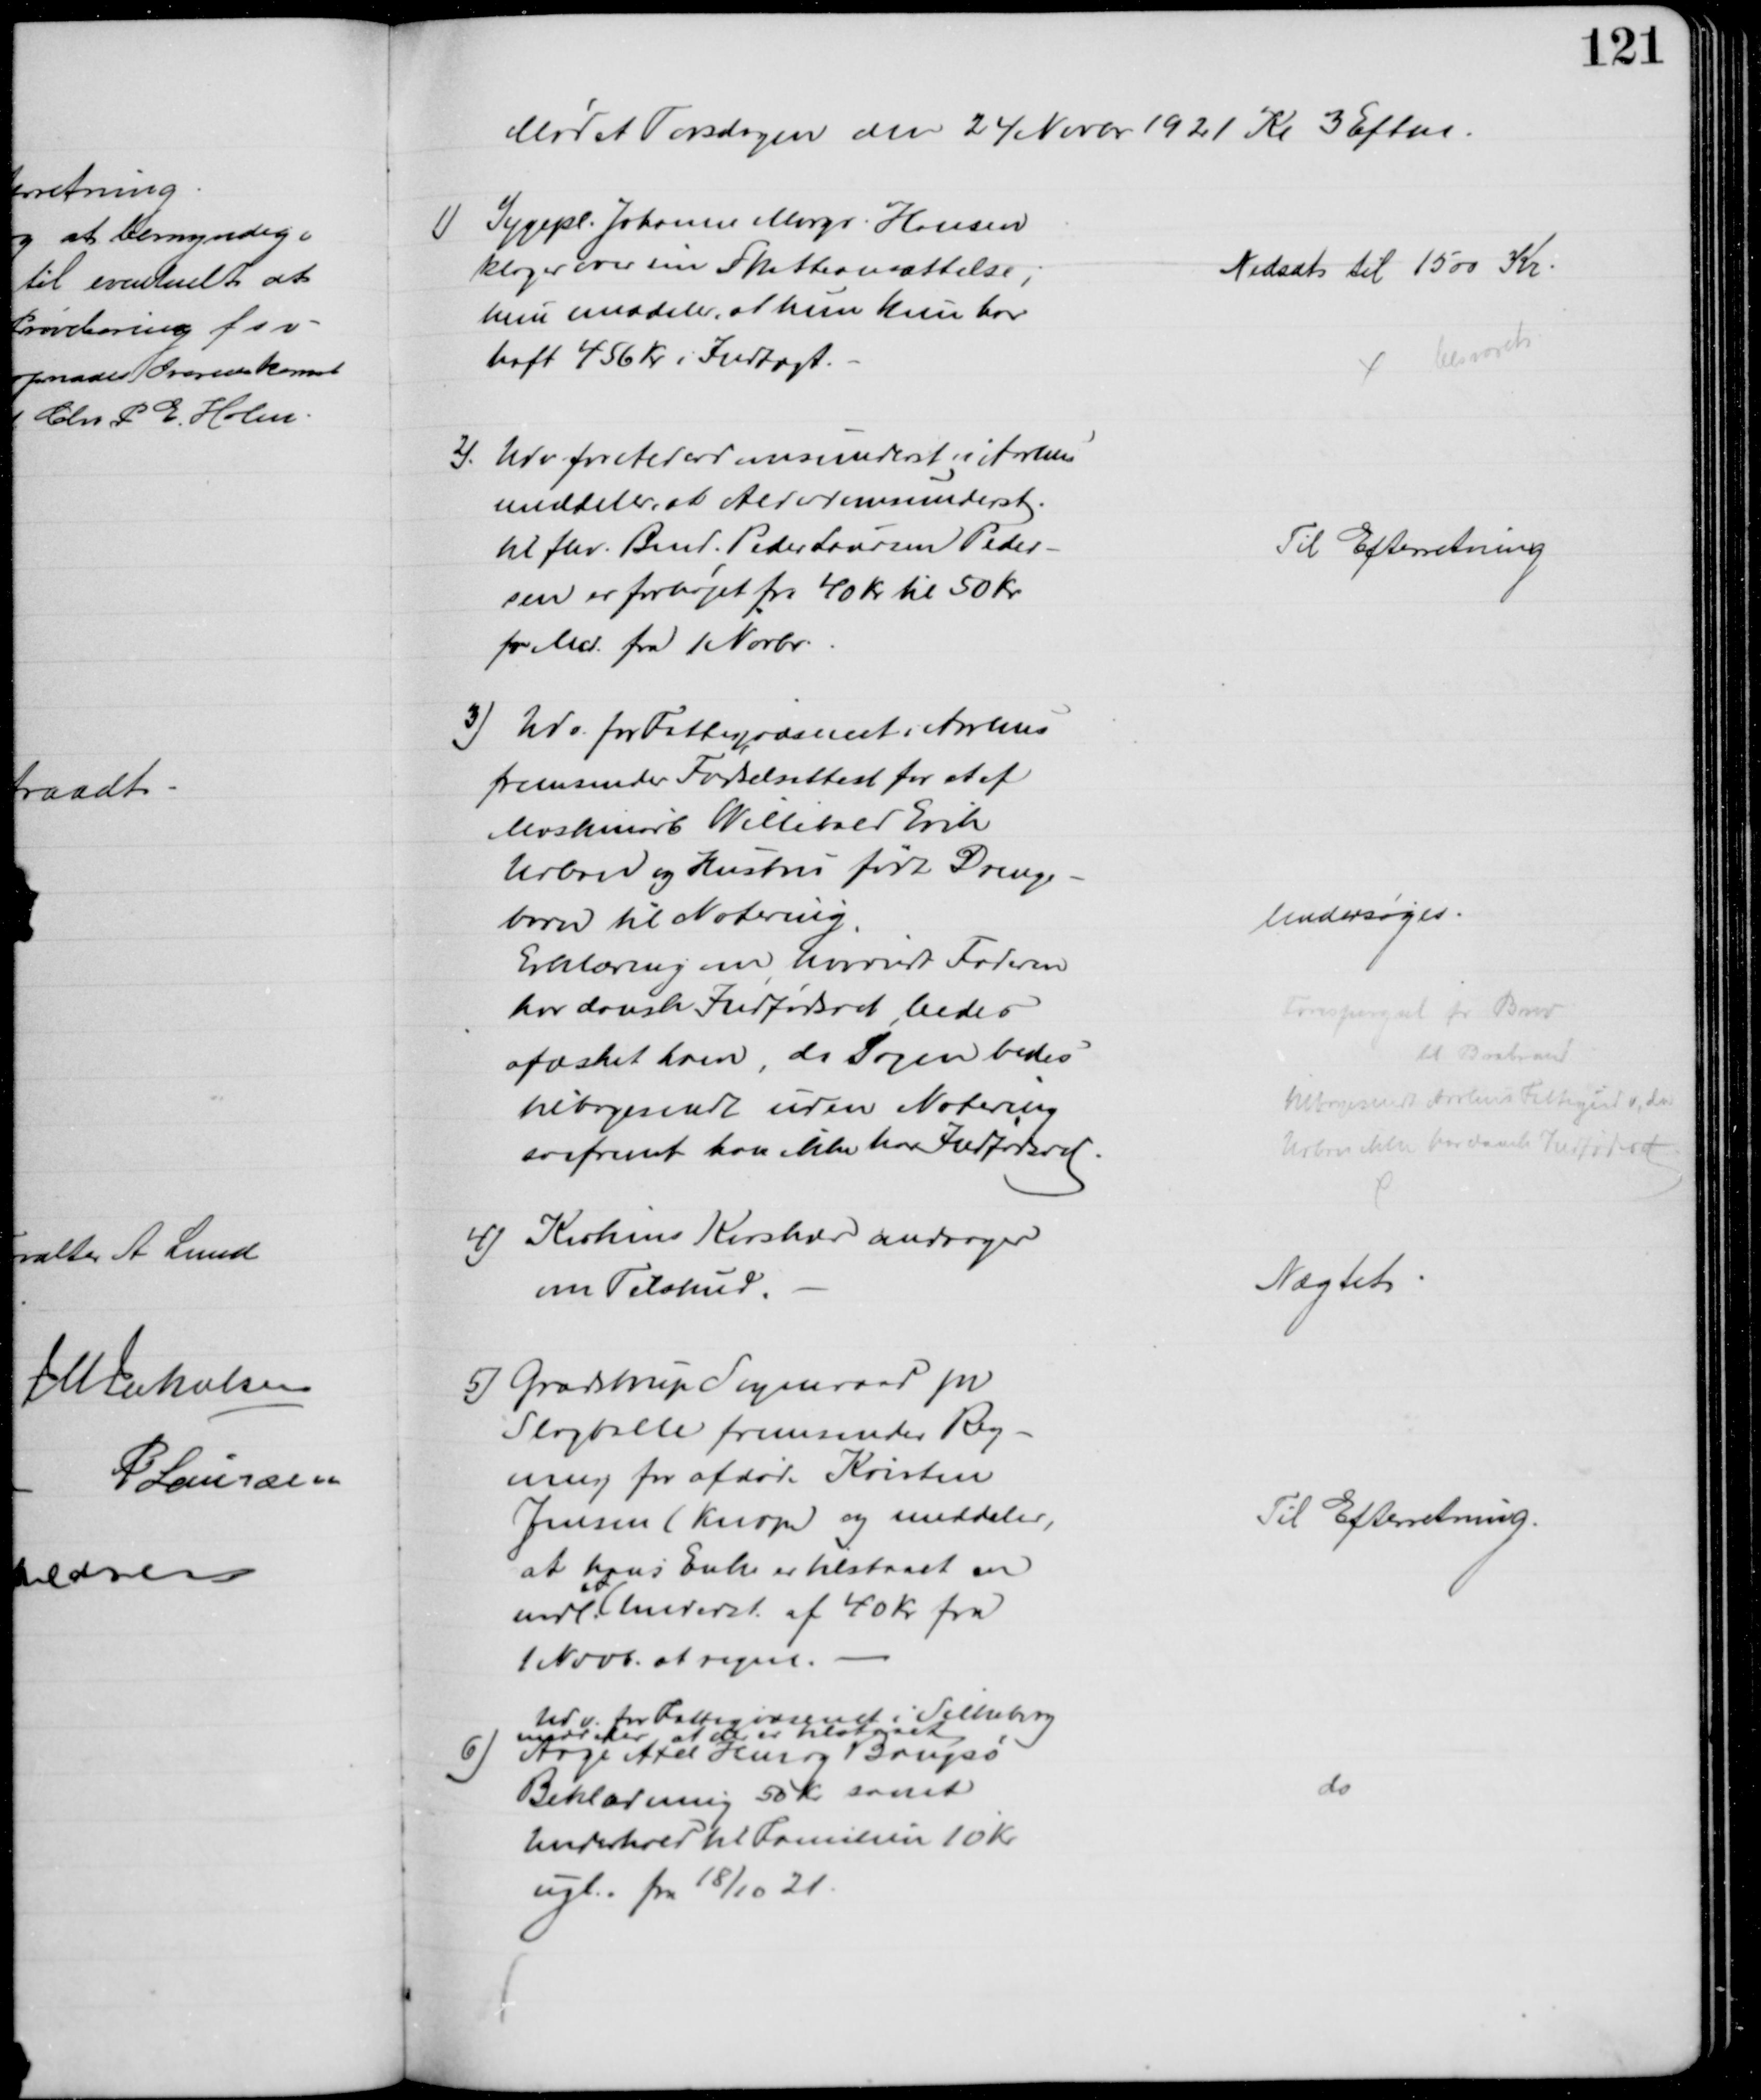
Transskription:
Mødet Torsdagen den 24 Novbr 1921 Kl 3 Eftm.
1) Sygepl. Johanne Margr. Hansen
klager over sin Skatteansættelse,
hun meddeler, at hun kun har 
haft 456 Kr i Indtægt.
Nedsat til 1500 Kr.
besvaret
2). Udv for Alderdomsunderst i Aarhus
meddeler, at Alderdomsunderst.
til fhv. Bmd. Peder Laursen Peder-
sen er forhøjet fra 40 Kr til 50 Kr
pr Md. fra 1 Novbr.
Til Efterretning
3) Udv. for Fattigvæsenet i Aarhus
fremsender Fødselsattest for et af
Maskinarb Willibald Erik
Urban og Hustru født Drenge-
barn til Notering
Erklæring om hvorvidt Faderen
har dansk Indfødsret bedes
afæsket ham, da Sagen bedes
tilbagesendt uden Notering
saafremt han ikke har Indfødsret.
Undersøges.
Forespørgsel pr Brev
til Brabrand
tilbagesendt Aarhus Fattigudv, da
Urban ikke har dansk Indfødsret
4) Kirkens Korshær andrager
om Tilskud
Nægtet
5) Grædstrup Sogneraad pr
Slagballe fremsender Reg-
ning for afdøde Kristen
Jensen (Kurp) og meddeler,
at hans Enke er tilstaaet en
mdl 

Underst af 40 Kr fra
1 Novb. at regne.
Til Efterretning.
6)
Udv. for Fattigvæsenet i Silkeborg
meddeler at der er tilstaaet
Aage Axel Henry Bangsø
Beklædning 50 Kr samt
Underhold til Familien 10 Kr
ugl. fra 18/10 21
do